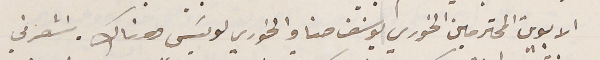
الابوين المحترمين الخوري يوسَف حنا والخوري لويسَ هناك. اشعرني